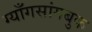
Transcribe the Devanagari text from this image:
ग्याँगसांगबुक